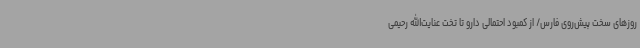
روزهای سخت پیش‌روی فارس/ از کمبود احتمالی دارو تا تخت عنایت‌الله رحیمی